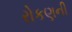
રોકણની